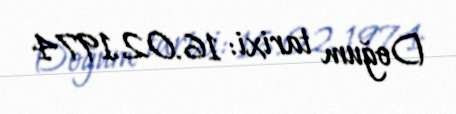
Doğum tarixi: 16.02.1974